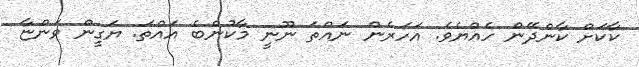
ކާކަށް ކާންދޭން ހެއްޔެވެ. އަހަރެން ނައްތަ ނޫނީ މާކުންބެ އައްތަ. ޔަގީން ވަންޏާ